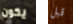
يكون قبل